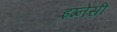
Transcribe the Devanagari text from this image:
इग्नेसी